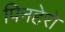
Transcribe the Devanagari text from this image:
पिनहेरो